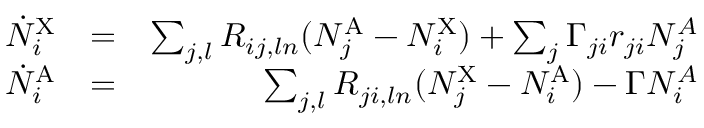
\begin{array} { r l r } { \dot { N } _ { i } ^ { \mathrm { X } } } & { = } & { \sum _ { j , l } R _ { i j , l n } ( N _ { j } ^ { \mathrm { A } } - N _ { i } ^ { \mathrm { X } } ) + \sum _ { j } \Gamma _ { j i } r _ { j i } N _ { j } ^ { A } } \\ { \dot { N } _ { i } ^ { \mathrm { A } } } & { = } & { \sum _ { j , l } R _ { j i , l n } ( N _ { j } ^ { \mathrm { X } } - N _ { i } ^ { \mathrm { A } } ) - \Gamma N _ { i } ^ { A } } \end{array}